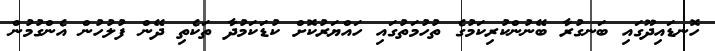
ހޮނޑައިދޫގައި ބަނގުރާ ބޭނުންކުރިކަމުގެ ތުހުމަތުގައި ހައްޔަރުކޮށް ކުޑަކަމުދާ ތަކެތި ދޭން ފުލުހުން އެންގުމުން